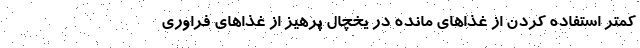
کمتر استفاده کردن از غذاهای مانده در یخچال پرهیز از غذاهای فراوری